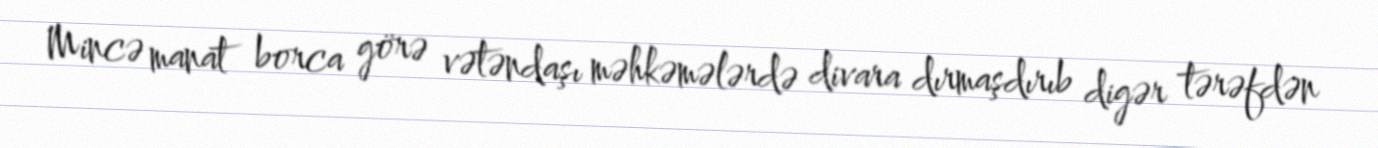
Mincə manat borca görə vətəndaşı məhkəmələrdə divara dırmaşdırıb digər tərəfdən